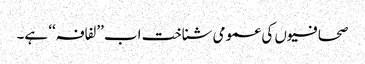
صحافیوں کی عمومی شناخت اب ’’لفافہ‘‘ ہے۔